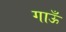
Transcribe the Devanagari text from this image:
गाऊँ